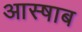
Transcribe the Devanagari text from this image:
आस्षाब